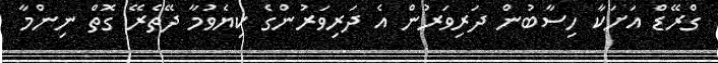
ގްރޭޑް އަށަކާ ހިސާބުން ދަރިވަރުން އެ ދަރިވަރުންގެ ކިޔެވުމާ ދޭތެރޭ ގޮތް ނިންމާ